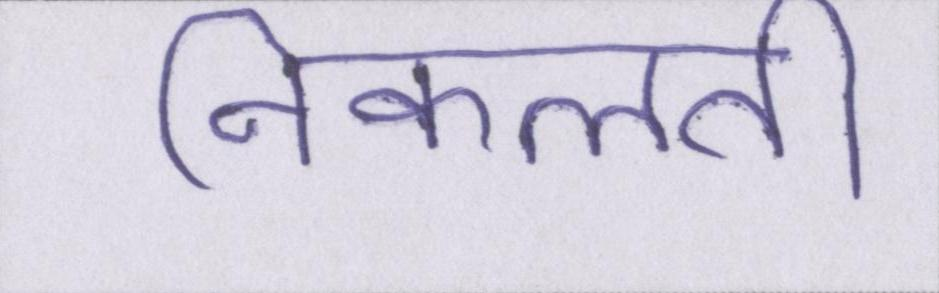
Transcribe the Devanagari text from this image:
निकलती